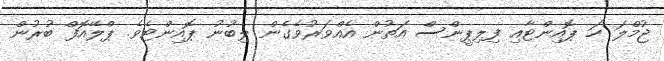
ޖުމްލަ ހަ ޕޮއިންޓާއި ފިލިޕީންސް އަތުން އެއްވަރުވެގެން ލިބުނު ޕޮއިންޓެވެ. ޕްލޭއޮފް ބުރުން